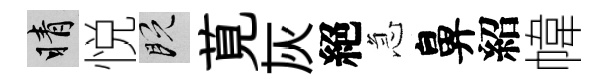
睛悦既莧灰絕急鼻紹幃